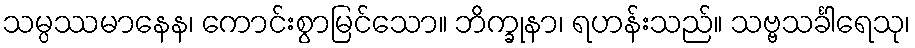
သမ္ပဿမာနေန၊ ကောင်းစွာမြင်သော။ ဘိက္ခုနာ၊ ရဟန်းသည်။ သဗ္ဗသင်္ခါရေသု၊